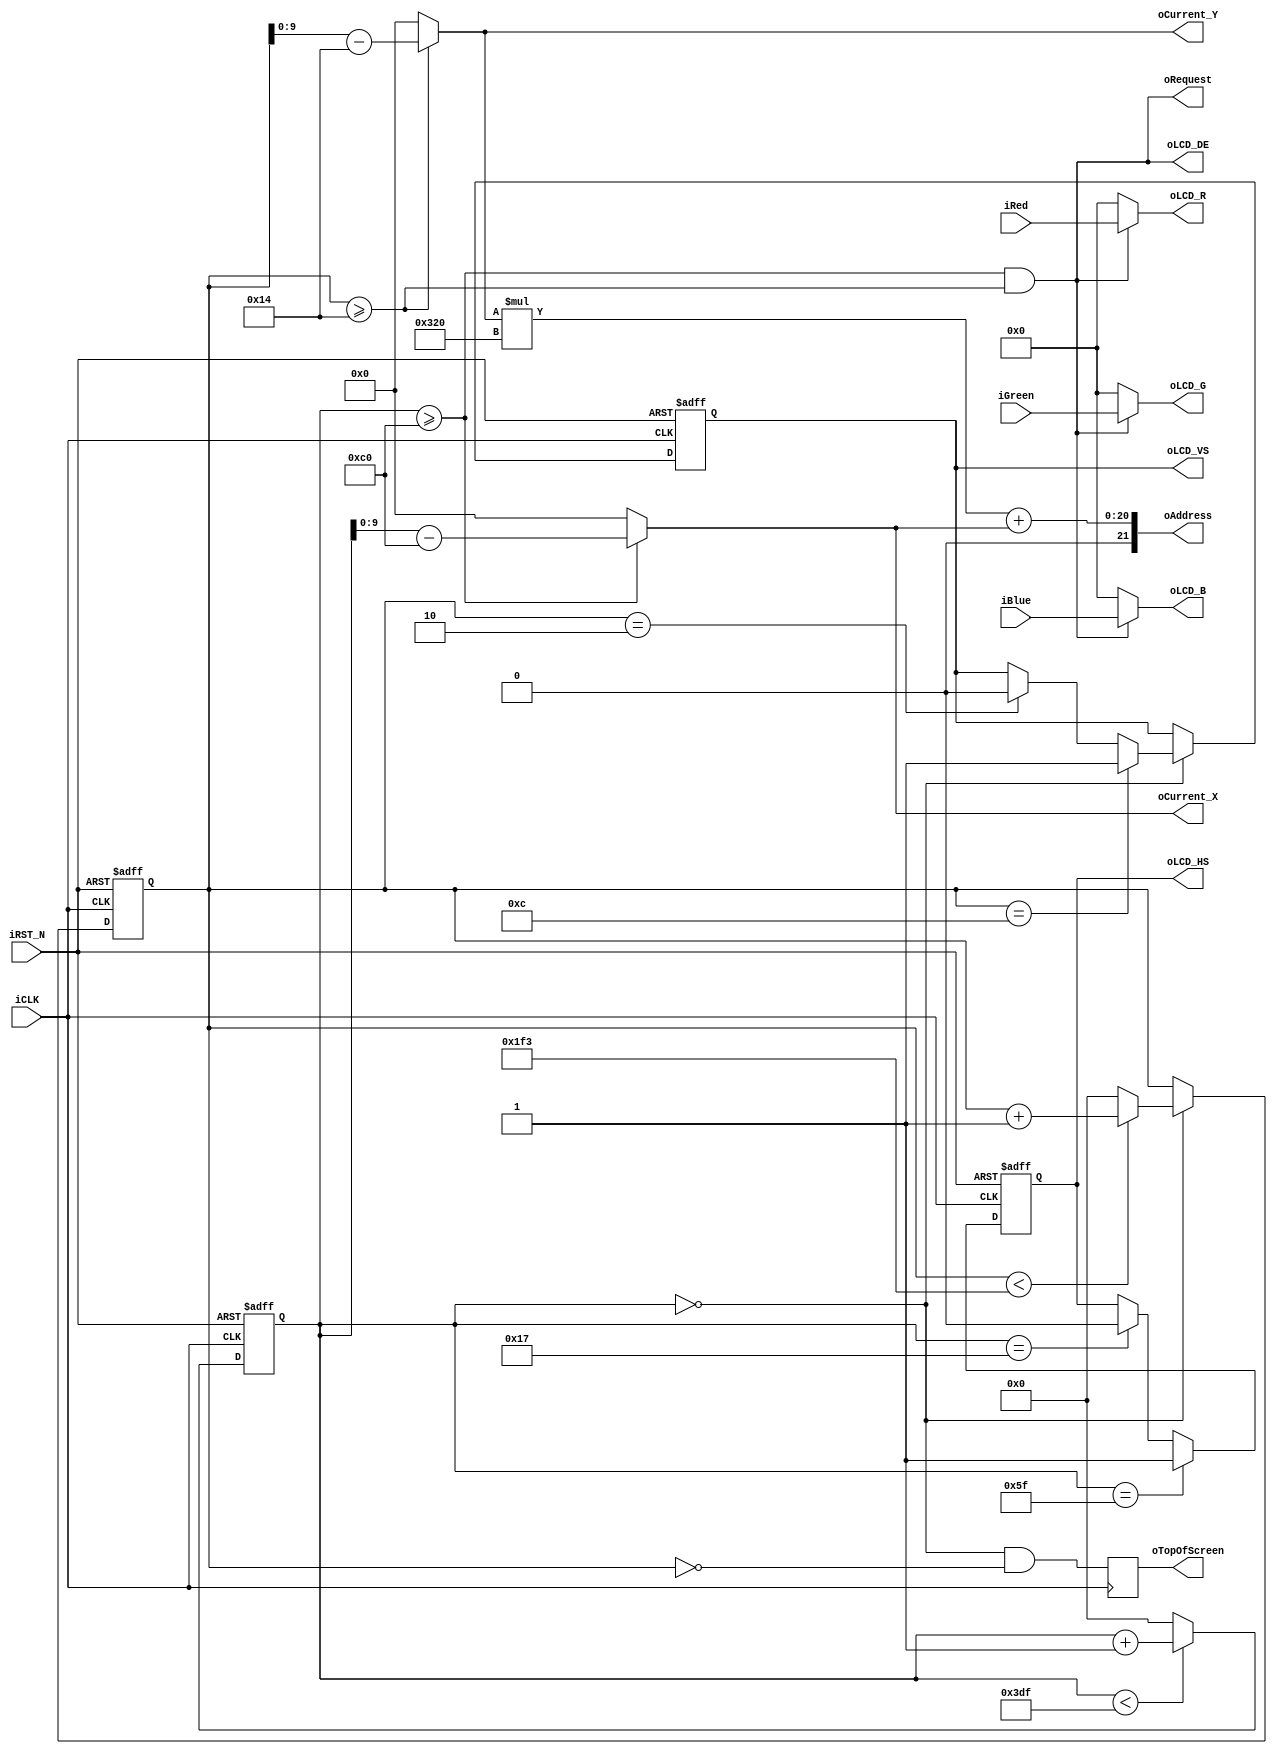
module LCD_control(
    // Host Side
    input [7:0] iRed,
    input [7:0] iGreen,
    input [7:0] iBlue,
    output [9:0] oCurrent_X,    // Max horizontal pixels: 1023.
    output [9:0] oCurrent_Y,    // Max vertical pixels: 1023.
    output [21:0] oAddress,     // [0..(w*h))
    output oRequest,            // Whether we need a pixel right now.
    output reg oTopOfScreen,    // 1 when at the very top of screen.
    // LCD Side
    output [7:0] oLCD_R,
    output [7:0] oLCD_G,
    output [7:0] oLCD_B,
    output reg oLCD_HS,   // Active low.
    output reg oLCD_VS,   // Active low.
    output oLCD_DE,   // Active high.
    // Control Signal
    input iCLK,
    input iRST_N
);

// LK: There are two internal registers, H_Cont and V_Cont. They are 0-based. The
// H_Cont value has these ranges:
//
//    H_Cont                            oLCD_HS
//    [0, H_FRONT)                      1  (front porch)
//    [H_FRONT, H_FRONT + H_SYNC)       0  (sync pulse)
//    [H_FRONT + H_SYNC, H_BLANK)       1  (back porch, V_Cont is incremented)
//    [H_BLANK, H_TOTAL)                1  (pixels are visible)
//
// V_Cont value has these ranges:
//
//    V_Cont                            oLCD_VS
//    [0, V_FRONT)                      1  (front porch)
//    [V_FRONT, V_FRONT + V_SYNC)       0  (sync pulse)
//    [V_FRONT + V_SYNC, V_BLANK)       1  (back porch)
//    [V_BLANK, V_TOTAL)                1  (pixels are visible)
//
// Note that V_Cont is incremented on the positive edge of oLCD_HS, which means
// that its values are offset from the normal 0-799 range of H_Cont.
//
// oTopOfScreen is the first pixel of the second row, since that's where
// both are zero.
//
// The LCD clock is 25.175 MHz. With 992x500 pixels (800x480 visible),
// that's about 50 FPS.

//  Internal Registers
reg         [10:0]  H_Cont;
reg         [10:0]  V_Cont;
////////////////////////////////////////////////////////////
//  Horizontal  Parameter
parameter   H_FRONT =   24;
parameter   H_SYNC  =   72;
parameter   H_BACK  =   96;
parameter   H_ACT   =   800;
parameter   H_BLANK =   H_FRONT+H_SYNC+H_BACK;
parameter   H_TOTAL =   H_FRONT+H_SYNC+H_BACK+H_ACT;
////////////////////////////////////////////////////////////
//  Vertical Parameter
parameter   V_FRONT =   3;
parameter   V_SYNC  =   10;
parameter   V_BACK  =   7;
parameter   V_ACT   =   480;
parameter   V_BLANK =   V_FRONT+V_SYNC+V_BACK;
parameter   V_TOTAL =   V_FRONT+V_SYNC+V_BACK+V_ACT;
////////////////////////////////////////////////////////////
assign  oLCD_R      =   oRequest ? iRed : 8'b0 ;
assign  oLCD_G      =   oRequest ? iGreen : 8'b0 ;
assign  oLCD_B      =   oRequest ? iBlue : 8'b0 ;
assign  oAddress    =   oCurrent_Y*H_ACT + oCurrent_X;
assign  oRequest    =   H_Cont >= H_BLANK && V_Cont >= V_BLANK;
assign  oCurrent_X  =   (H_Cont>=H_BLANK) ? H_Cont-H_BLANK : 11'h0;
assign  oCurrent_Y  =   (V_Cont>=V_BLANK) ? V_Cont-V_BLANK : 11'h0;
assign  oLCD_DE     =   oRequest;


// Latch the top-of-screen register. That means that it's one clock late,
// but that's okay since it's nowhere near the visible portion of the screen.
wire oTopOfScreenNext = H_Cont == 0 && V_Cont == 0;
always @(posedge iCLK)
begin
    oTopOfScreen <= oTopOfScreenNext;
end

// Horizontal Generator: Refers to the pixel clock.
always @(posedge iCLK or negedge iRST_N)
begin
    if (!iRST_N) begin
        H_Cont <= 0;
        oLCD_HS <= 1;
    end else begin
        // Advance pixel.
        if (H_Cont < H_TOTAL - 1) begin
            H_Cont <= H_Cont + 1'b1;
        end else begin
            H_Cont <= 0;
        end

        // Horizontal Sync
        if (H_Cont == H_FRONT - 1) begin
            // Front porch end
            oLCD_HS <= 1'b0;
        end
        if (H_Cont == H_FRONT + H_SYNC - 1) begin
            // Sync pulse end
            oLCD_HS <= 1'b1;
        end
    end
end

// Vertical Generator: Refers to the horizontal sync.
always @(posedge iCLK or negedge iRST_N)
begin
    if (!iRST_N) begin
        V_Cont <= 0;
        oLCD_VS <= 1;
    end else if (H_Cont == 0) begin
        // Advance line.
        if (V_Cont < V_TOTAL-1) begin
            V_Cont <= V_Cont+1'b1;
        end else begin
            V_Cont <= 0;
        end

        // Vertical Sync
        if (V_Cont == V_FRONT - 1) begin
            // Front porch end
            oLCD_VS <= 1'b0;
        end
        if (V_Cont == V_FRONT + V_SYNC - 1) begin
            // Sync pulse end
            oLCD_VS <= 1'b1;
        end
    end
end

endmodule